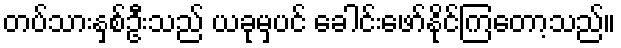
တပ်သားနှစ်ဦးသည် ယခုမှပင် ခေါင်းဖော်နိုင်ကြတော့သည်။